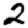
Digit: 2